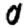
Digit: 0